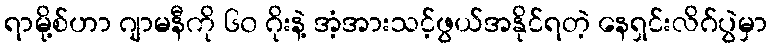
ရာမို့စ်ဟာ ဂျာမနီကို ၆၀ ဂိုးနဲ့ အံ့အားသင့်ဖွယ်အနိုင်ရတဲ့ နေရှင်းလိဂ်ပွဲမှာ